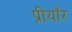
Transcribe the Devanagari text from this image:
प्रीयॉर